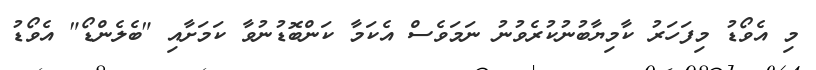
މި އެވޯޑު މިފަހަރު ކާމިޔާބުނުކުރެވުނު ނަމަވެސް އެކަމާ ކަންބޮޑުނުވާ ކަމަށާއި "ބެލެންޑޯ" އެވޯޑު